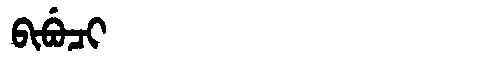
Manchu: ᠪᡳᠪᡠᠴᡳ
Romanization: BIBUCI